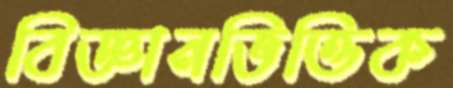
বিজ্ঞানভিত্তিক